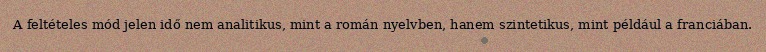
A feltételes mód jelen idő nem analitikus, mint a román nyelvben, hanem szintetikus, mint például a franciában.